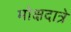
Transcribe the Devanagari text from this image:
मोक्षदात्रे